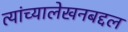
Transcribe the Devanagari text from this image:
त्यांच्यालेखनबद्दल